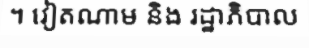
។ វៀតណាម និង រដ្ឋាភិបាល